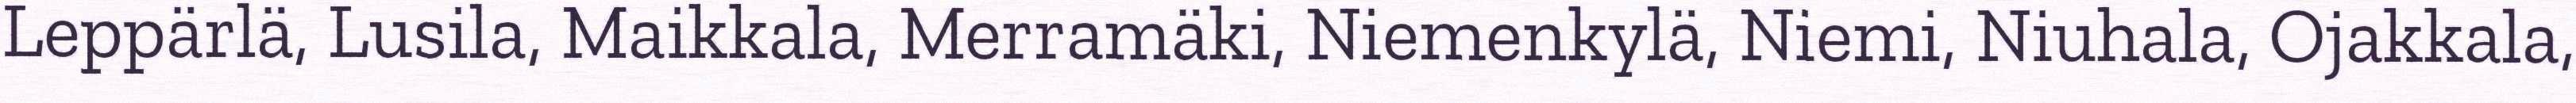
Leppärlä, Lusila, Maikkala, Merramäki, Niemenkylä, Niemi, Niuhala, Ojakkala,